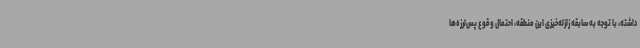
داشته، با توجه به سابقه زلزله‌خیزی این منطقه، احتمال وقوع پس‌لرزه‌ها